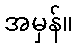
အမှန်။